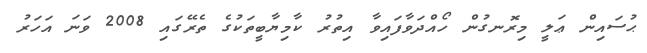
ޙުސައިން ޢަލީ މިރޮނގުން ހޯއްދަވާފައިވާ އިތުރު ކާމިޔާބީތަކުގެ ތެރޭގައި 2008 ވަނަ އަހަރު